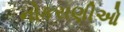
નોકરાણીઓ